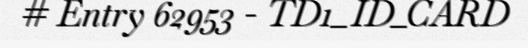
# Entry 62953 - TD1_ID_CARD